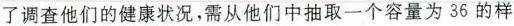
了调查他们的健康状况，需从他们中抽取一个容量为36的样